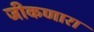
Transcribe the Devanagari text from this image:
जीकणारा